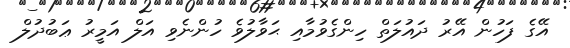
އޭގެ ފަހުން އޭރު ދައުލަތް ހިންގެވުމާއި ޙަވާލުވެ ހުންނެވި އަލް އަމީރު ޢަބުދުލް